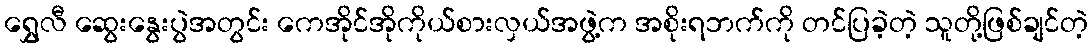
ရွှေလီ ဆွေးနွေးပွဲအတွင်း ကေအိုင်အိုကိုယ်စားလှယ်အဖွဲ့က အစိုးရဘက်ကို တင်ပြခဲ့တဲ့ သူတို့ဖြစ်ချင်တဲ့